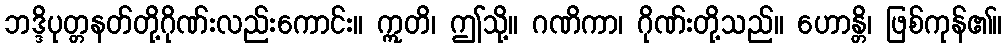
ဘဒ္ဒိပုတ္တနတ်တို့ဂိုဏ်းလည်းကောင်း။ ဣတိ၊ ဤသို့။ ဂဏိကာ၊ ဂိုဏ်းတို့သည်။ ဟောန္တိ၊ ဖြစ်ကုန်၏။